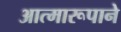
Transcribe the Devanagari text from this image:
आत्मारूपाने